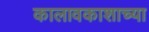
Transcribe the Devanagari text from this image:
कालावकाशाच्या